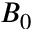
B _ { 0 }